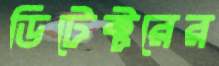
ডিটেক্টরের